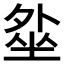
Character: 𡎥